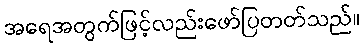
အရေအတွက်ဖြင့်လည်းဖော်ပြတတ်သည်။